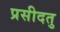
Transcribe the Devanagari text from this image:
प्रसीदतु